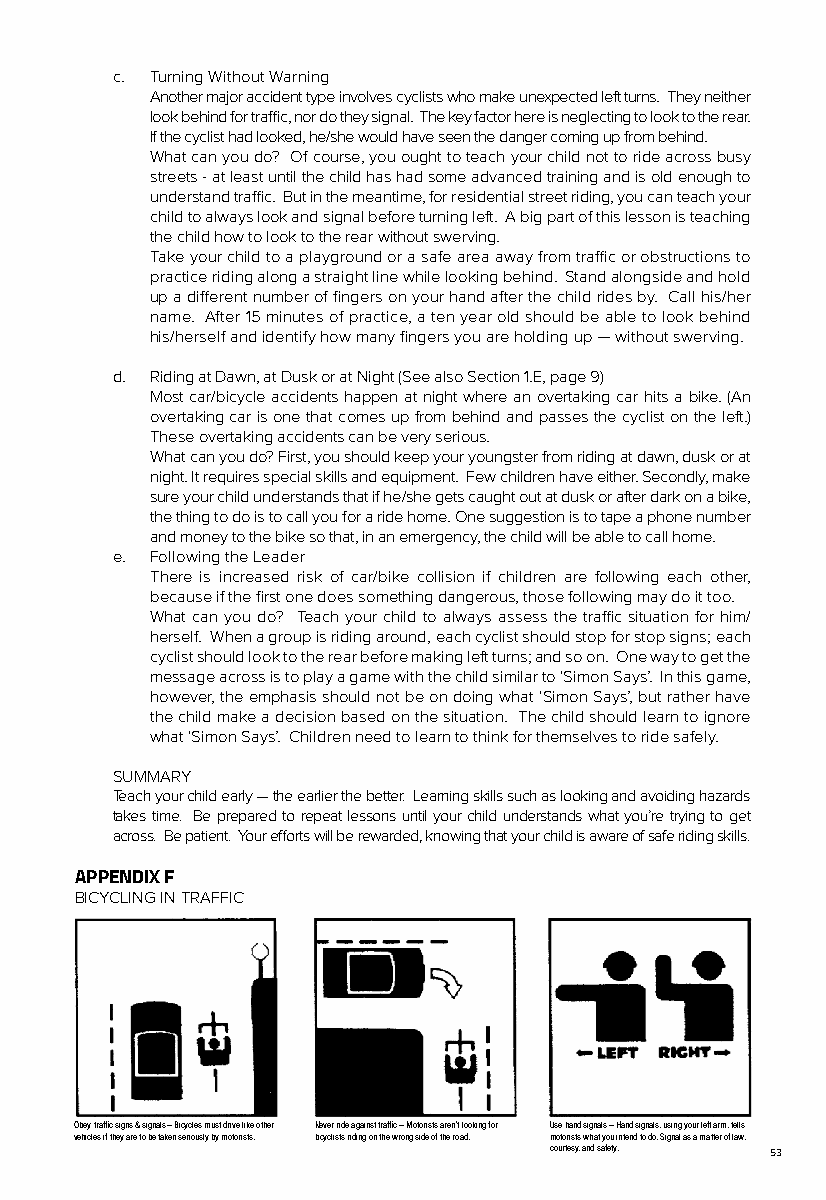
c. Turning Without Warning
 Another major accident type involves cyclists who make unexpected left turns. They neither
 look behind for traffic, nor do they signal. The key factor here is neglecting to look to the rear.
 If the cyclist had looked, he/she would have seen the danger coming up from behind.
 What can you do? Of course, you ought to teach your child not to ride across busy
 streets - at least until the child has had some advanced training and is old enough to
 understand traffic. But in the meantime, for residential street riding, you can teach your
 child to always look and signal before turning left. A big part of this lesson is teaching
 the child how to look to the rear without swerving.
 Take your child to a playground or a safe area away from traffic or obstructions to
 practice riding along a straight line while looking behind. Stand alongside and hold
 up a different number of fingers on your hand after the child rides by. Call his/her
 name. After 15 minutes of practice, a ten year old should be able to look behind
 his/herself and identify how many fingers you are holding up — without swerving.
 d. Riding at Dawn, at Dusk or at Night (See also Section 1.E, page 9)
 Most car/bicycle accidents happen at night where an overtaking car hits a bike. (An
 overtaking car is one that comes up from behind and passes the cyclist on the left.)
 These overtaking accidents can be very serious.
 What can you do? First, you should keep your youngster from riding at dawn, dusk or at
 night. It requires special skills and equipment. Few children have either. Secondly, make
 sure your child understands that if he/she gets caught out at dusk or after dark on a bike,
 the thing to do is to call you for a ride home. One suggestion is to tape a phone number
 and money to the bike so that, in an emergency, the child will be able to call home.
 e. Following the Leader
 There is increased risk of car/bike collision if children are following each other,
 because if the first one does something dangerous, those following may do it too.
 What can you do? Teach your child to always assess the traffic situation for him/
 herself. When a group is riding around, each cyclist should stop for stop signs; each
 cyclist should look to the rear before making left turns; and so on. One way to get the
 message across is to play a game with the child similar to ‘Simon Says’. In this game,
 however, the emphasis should not be on doing what ‘Simon Says’, but rather have
 the child make a decision based on the situation. The child should learn to ignore
 what ‘Simon Says’. Children need to learn to think for themselves to ride safely.
 SUMMARY
 Teach your child early — the earlier the better. Learning skills such as looking and avoiding hazards
 takes time. Be prepared to repeat lessons until your child understands what you’re trying to get
 across. Be patient. Your efforts will be rewarded, knowing that your child is aware of safe riding skills.
 APPENDIX F
 BICYCLING IN TRAFFIC
 Obey traffic signs & signals – Bicycles must drive like other Never ride against traffic – Motorists aren’t looking for Use hand signals – Hand signals, using your left arm, tells
 vehicles if they are to be taken seriously by motorists. bicyclists riding on the wrong side of the road. motorists what you intend to do. Signal as a matter of law,
 courtesy, and safety. 53